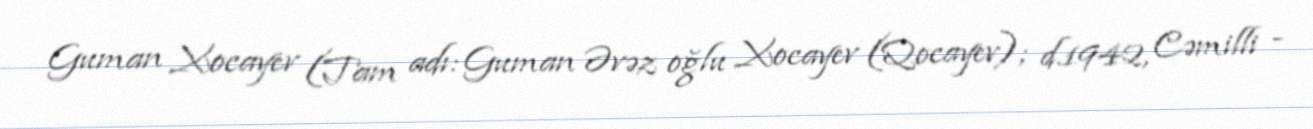
Guman Xocayev (Tam adı: Guman Əvəz oğlu Xocayev (Qocayev); d.1942, Cəmilli -